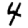
Digit: 4